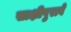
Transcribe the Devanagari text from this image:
साक्षीपुरावे